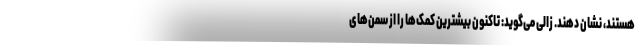
هستند، نشان دهند. زالی می‌گوید: تاکنون بیشترین کمک‌ها را از سمن‌های